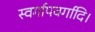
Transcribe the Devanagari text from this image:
स्वर्गापवर्गादि।